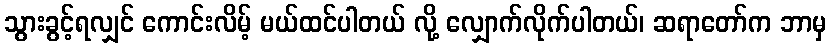
သွားခွင့်ရလျှင် ကောင်းလိမ့် မယ်ထင်ပါတယ် လို့ လျှောက်လိုက်ပါတယ်၊ ဆရာတော်က ဘာမှ